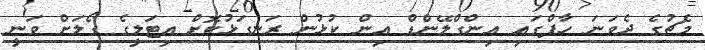
މެޗުގެ ދެވަނަ ހާފްގައި އިންގްލޭންޑް އިން ކުޅުން ރަނގަޅުކޮށް އިޓަލީގެ ގޯލަށް ވަނީ